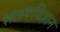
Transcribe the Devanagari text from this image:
शलयविज्ञान